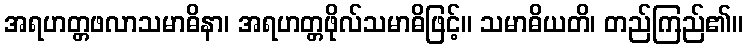
အရဟတ္တဖလာသမာဓိနာ၊ အရဟတ္တဖိုလ်သမာဓိဖြင့်။ သမာဓိယတိ၊ တည်ကြည်၏။